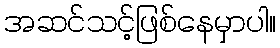
အဆင်သင့်ဖြစ်နေမှာပါ။